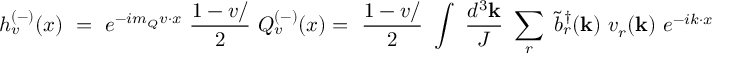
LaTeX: h _ { v } ^ { ( - ) } ( x ) \ = \ e ^ { - i m _ { Q } v { \cdot } x } \ \frac { 1 - v { \slash } } { 2 } \ Q _ { v } ^ { ( - ) } ( x ) = \ \frac { 1 - v { \slash } } { 2 } \ \int \ \frac { d ^ { 3 } { \bf k } } { J } \ \sum _ { r } \ \tilde { b } _ { r } ^ { \dag } ( { \bf k } ) \ v _ { r } ( { \bf k } ) \ e ^ { - i k { \cdot } x }